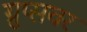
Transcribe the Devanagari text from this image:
ग्रुप्सवर